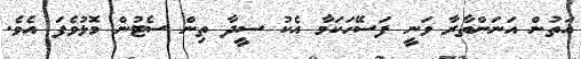
އަތުން އަނަންތާރާ ވަނީ ފަސޭހަކަމާ އެކު ސީދާ ތިން ސެޓުން މޮޅުވެފަ އެވެ.